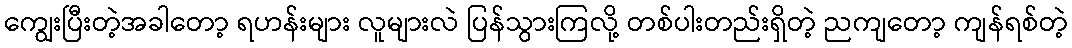
ကျွေးပြီးတဲ့အခါတော့ ရဟန်းများ လူများလဲ ပြန်သွားကြလို့ တစ်ပါးတည်းရှိတဲ့ ညကျတော့ ကျန်ရစ်တဲ့